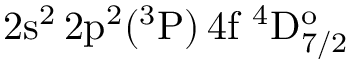
\mathrm { 2 s ^ { 2 } \, 2 p ^ { 2 } ( ^ { 3 } P ) \, 4 f ~ ^ { 4 } D _ { 7 / 2 } ^ { o } }